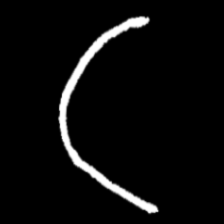
Pyu character \u2014 Myanmar letter: ဋ (romanized: tta)